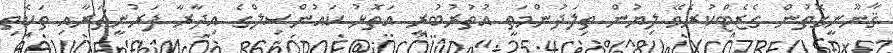
ޤާނޫނީގޮތުން ގެޒެޓްކުރެވޭ ލިޔުން ތިލަދުންމަތީ އުތުރުބުރީ އަތޮޅު ކައުންސިލްގެ އިދާރާ ފަރުނީޗަރާއި ތަކެތި